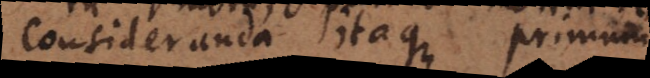
Consideranda itaque primum